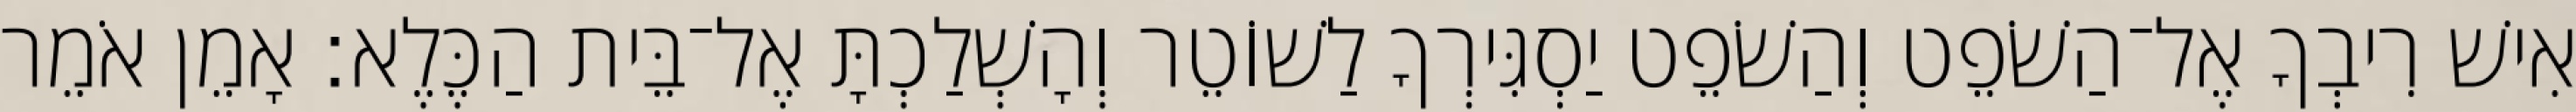
אִישׁ רִיבְךָ אֶל־הַשֹׁפֵט וְהַשֹׁפֵט יַסְגִּירְךָ לַשׁוֹטֵר וְהָשְׁלַכְתָּ אֶל־בֵּית הַכֶּלֶא׃ אָמֵן אֹמֵר